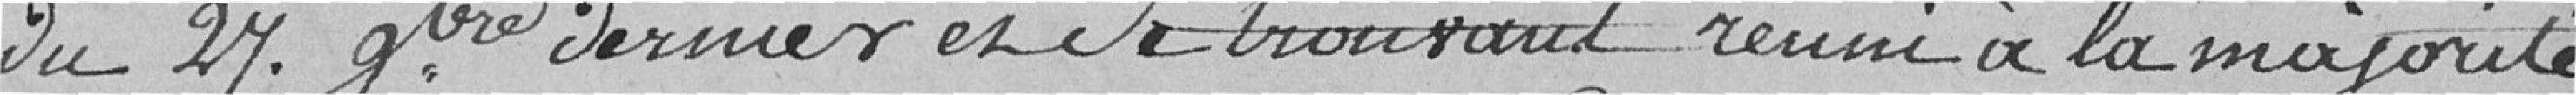
du 27 novembre dernier et se trouvant réuni à la majorité